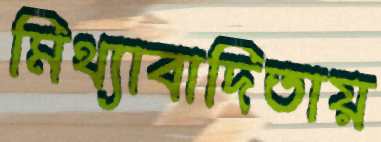
মিথ্যাবাদিতায়